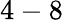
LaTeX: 4-8